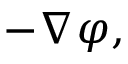
- \nabla \varphi ,